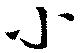
小